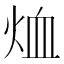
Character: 烅